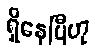
ရှိနေပြီဟု